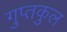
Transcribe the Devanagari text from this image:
गुप्तकुल